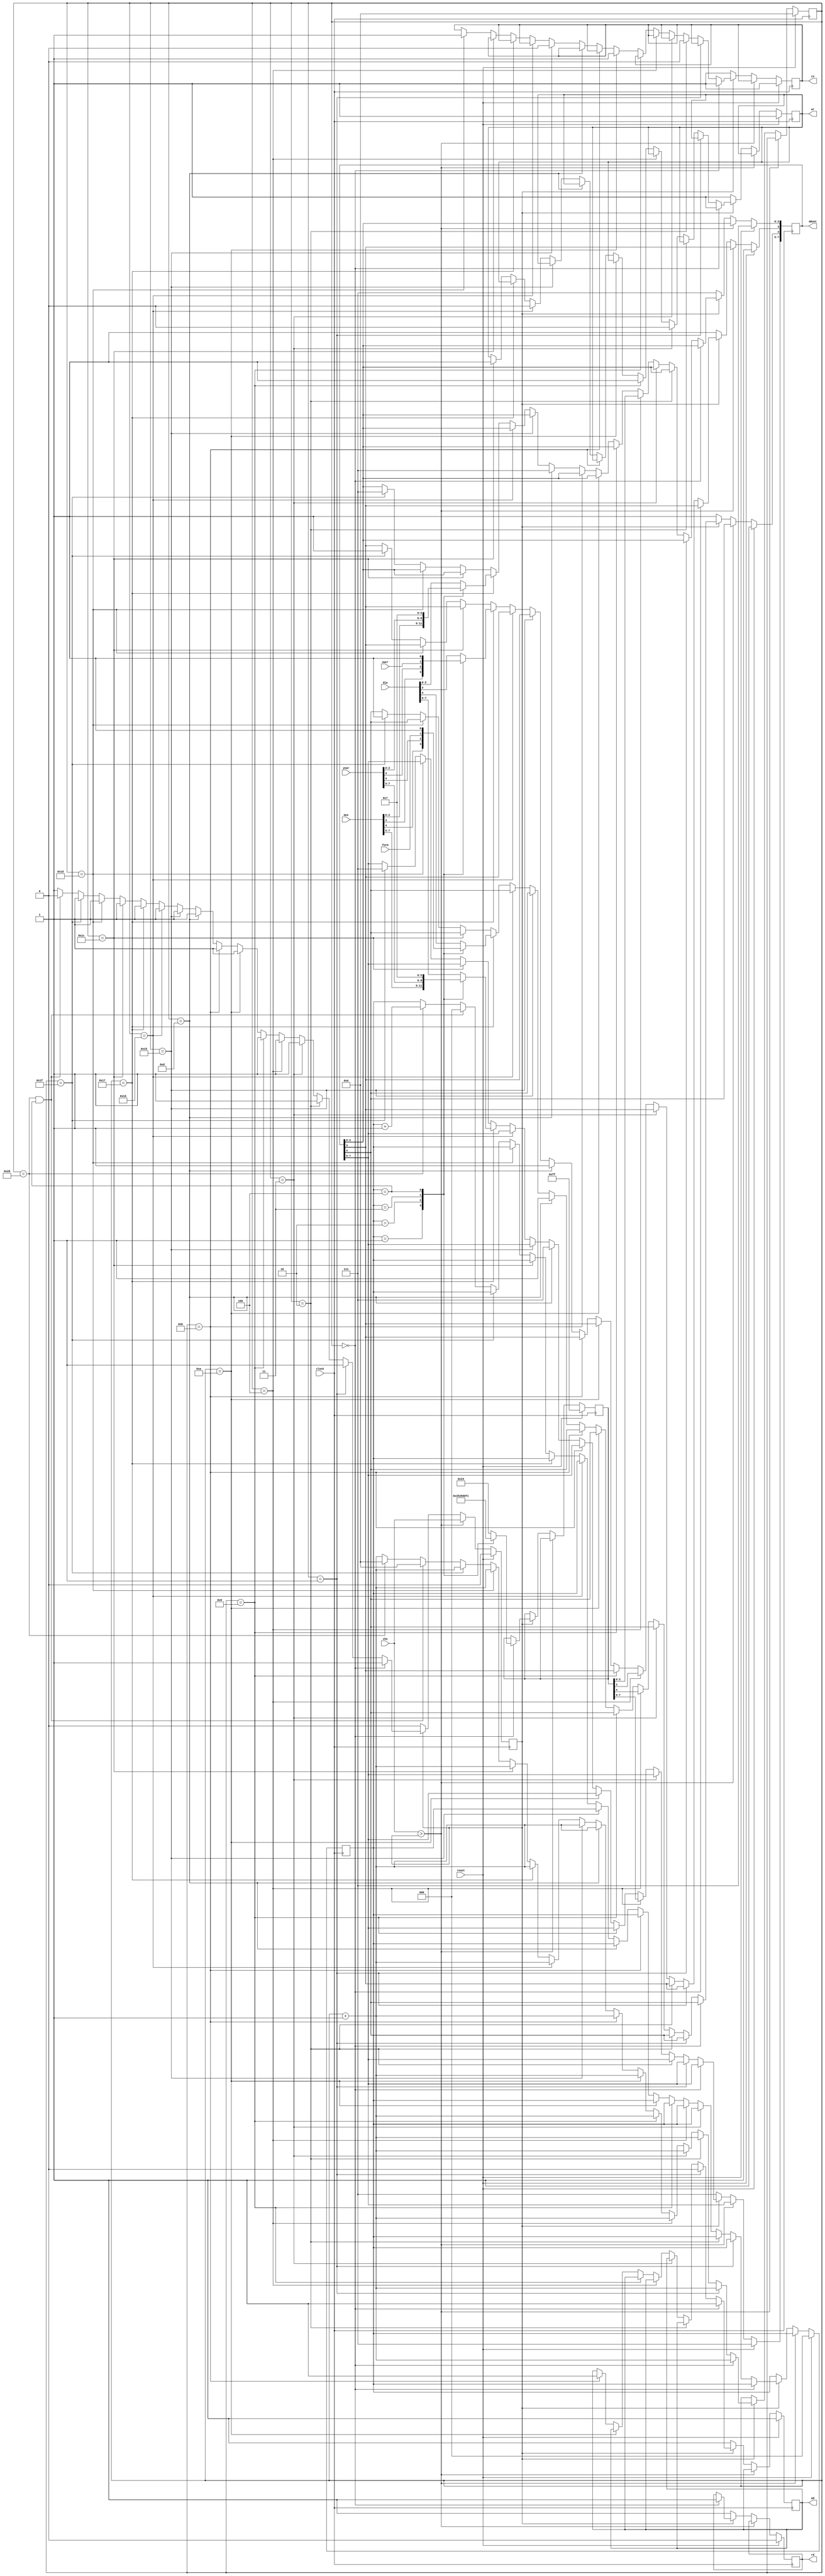
`timescale 1ns / 1ps
//////////////////////////////////////////////////////////////////////////////////
// Company: 
// Engineer: 
// 
// Design Name: 
// Module Name:    Ext_datos 
// Project Name: 
// Target Devices: 
// Tool versions: 
// Description: 
//
// Dependencies: 
//
// Revision: 
// Revision 0.01 - File Created
// Additional Comments: 
//
//////////////////////////////////////////////////////////////////////////////////
module Gfecha(
	 input swcr,
	 input form,
    input [7:0] dia,
	 input [7:0] mes,
	 input [7:0] year,
	 input clock,
	 input reset,
	 input chs,
	 output reg [7:0] ADout,
    output reg ad,
    output reg wr,
    output reg rd,
    output reg cs
	 
    );
reg [5:0]cont;
reg [2:0]contadd;
reg [7:0]dir;
reg chsref;

always @(posedge clock)
begin
	if (reset)
	begin
	ad<=1'h1;
	wr<=1'h1;
	rd<=1'h0;
	cs<=1'h1;
	ADout<=8'hff;
	cont<=0;
	contadd<=0;
	chsref<=0;
	dir<=8'hff;
	
	end
	
	else if (chs>chsref) chsref<=chs;
	
	else if (chsref) 
	begin
	if (cont==0)
	begin
	case (contadd)
		3'b000:dir<=8'h24;
		3'b001:dir<=8'h25;
		3'b010:dir<=8'h26;
		3'b011:dir<=8'h00;
		3'b100:dir<=8'hf1;
		default dir<=8'h24;
	endcase
	ad<=1;
	wr<=1;
	rd<=1;
	cs<=1;
	cont<=cont+1'b1;
	end
		
	else if (cont==1)
	begin
		
		ad<=0;
		cont<=cont+1'b1;
	end
	else if(cont==2)
		begin
		cs<=0;
		cont<=cont+1'b1;
		end
	else if (cont==3)
		begin
		wr<=0;
		cont<=cont+1'b1;
		end
	else if (cont==4)
		begin
		ADout<=dir;
		cont<=cont+1'b1;
		end
	else if (cont==9)
		begin
		wr<=1;
		cont<=cont+1'b1;
		end
	else if (cont==10)
		begin
		cs<=1;
		cont<=cont+1'b1;
		end
	else if (cont==11)
		begin
		ad<=1;
		cont<=cont+1'b1;
		end
	else if (cont==13)
		begin
		ADout<=8'hff;
		cont<=cont+1'b1;
		end
	else if (cont==21)
		begin
		cs<=0;
		cont<=cont+1'b1;
		end
	else if (cont==22)
		begin
		wr<=0;
		cont<=cont+1'b1;
		end
	else if (cont==23)
		begin
		case (contadd)
		3'b000:ADout<=dia;
		3'b001:ADout<=mes;
		3'b010:ADout<=year;
		3'b011:begin
					ADout[7:5]<=0;
					ADout[4]<=form;
					ADout[3]<=swcr;
					ADout[2:0]<=0;
				end
		3'b100:ADout<=8'hff;
		default ADout<=dia;
		endcase
		cont<=cont+1'b1;
		end
	else if (cont==28)
		begin
		wr<=1;
		cont<=cont+1'b1;
		end
	else if (cont==29)
		begin
		cs<=1;
		cont<=cont+1'b1;
		end
	else if (cont==31)
		begin
		ADout<=8'hff;
		cont<=cont+1'b1;
		end
	else if (cont==40&&contadd==4)
		begin
		contadd<=0;
		cont<=0;
		chsref<=0;
		end
	else if (cont==40)
		begin
		cont<=0;
		contadd<=contadd+1'b1;
		end
	else cont<=cont+1'b1;
	
	end
	else
	begin
	ADout<=8'hff;
	cs<=1'h1;
	ad<=1'h1;
	wr<=1'h1;
	rd<=1'h1;
	end
	
end
endmodule